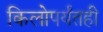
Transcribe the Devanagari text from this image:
किलोपर्यंतही